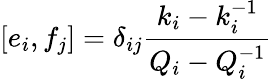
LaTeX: \lbrack e_{i},f_{j}]=\delta_{ij}\frac{k_{i}-k_{i}^{-1}}{Q_{i}-Q_{i}^{-1}}